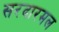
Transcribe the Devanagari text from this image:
सरदारमल